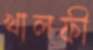
খালফী